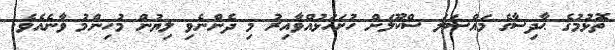
ތޮޅުމުގެ ޙާދިސާގެ މައްސަލަ ސްކޫލަށް ހުށަހަޅުއްވާއިރު މި ދެންނެވި ލިޔުން މުހިންމު ވާނެއެވެ.